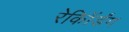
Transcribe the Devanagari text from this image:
रेकॉिर्डंग